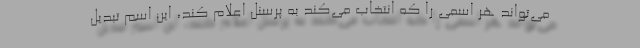
می‌تواند هر اسمی را که انتخاب می‌کند به پرسنل اعلام کند، این اسم تبدیل